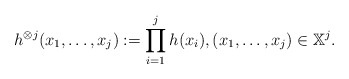
\begin{align*}h^{\otimes j}(x_1,\ldots,x_j) := \prod_{i=1}^j h(x_i), (x_1,\ldots,x_j)\in \mathbb X^j.\end{align*}